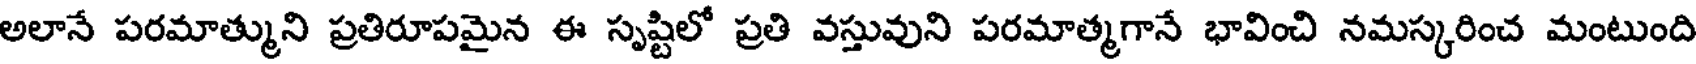
అలానే పరమాత్ముని ప్రతిరూపమైన ఈ సృష్టిలో ప్రతి వస్తువుని పరమాత్మగానే భావించి నమస్కరించ మంటుంది